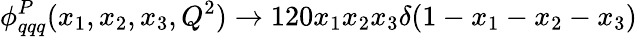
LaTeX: \phi_{qqq}^{P}(x_{1},x_{2},x_{3},Q^{2})\rightarrow 120x_{1}x_{2}x_{3}\delta(1-x_{1}-x_{2}-x_{3})